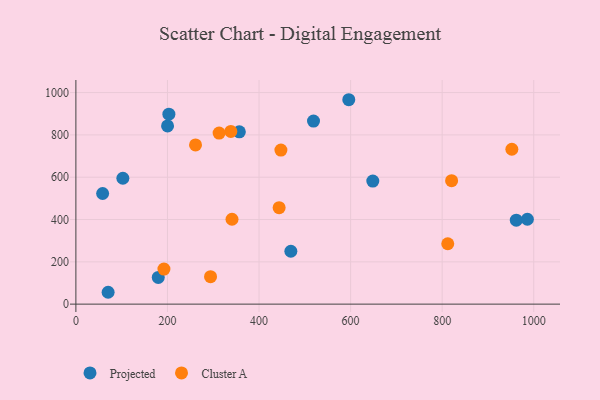
{"axis": {"x": "Engine Size", "y": "Rating"}, "legend": ["Cluster A", "Projected"], "data": [{"x": "200.2", "y": 842.6, "type": "Projected"}, {"x": "70.4", "y": 56.1, "type": "Projected"}, {"x": "58.4", "y": 523.0, "type": "Projected"}, {"x": "961.9", "y": 396.7, "type": "Projected"}, {"x": "648.5", "y": 581.9, "type": "Projected"}, {"x": "519.0", "y": 865.3, "type": "Projected"}, {"x": "986.1", "y": 401.2, "type": "Projected"}, {"x": "469.5", "y": 250.0, "type": "Projected"}, {"x": "102.6", "y": 595.1, "type": "Projected"}, {"x": "596.0", "y": 966.2, "type": "Projected"}, {"x": "203.1", "y": 898.0, "type": "Projected"}, {"x": "179.9", "y": 126.5, "type": "Projected"}, {"x": "357.0", "y": 814.4, "type": "Projected"}, {"x": "820.6", "y": 583.7, "type": "Cluster A"}, {"x": "443.9", "y": 456.1, "type": "Cluster A"}, {"x": "447.8", "y": 728.0, "type": "Cluster A"}, {"x": "952.2", "y": 732.1, "type": "Cluster A"}, {"x": "294.1", "y": 130.0, "type": "Cluster A"}, {"x": "338.4", "y": 816.4, "type": "Cluster A"}, {"x": "341.0", "y": 401.2, "type": "Cluster A"}, {"x": "261.3", "y": 752.6, "type": "Cluster A"}, {"x": "192.3", "y": 165.9, "type": "Cluster A"}, {"x": "312.8", "y": 808.7, "type": "Cluster A"}, {"x": "812.2", "y": 285.4, "type": "Cluster A"}]}